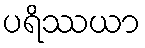
ပရိဿယာ